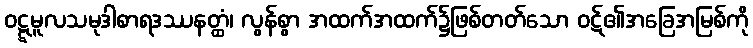
ဝဋ္ဋမူလသမုဒါစာရဒဿနတ္ထံ၊ လွန်စွာ အထက်အထက်၌ဖြစ်တတ်သော ဝဋ်၏အခြေအမြစ်ကို